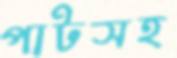
পাটসহ